Medical and sanitary report of the native army of Bengal for the year
Year: 1878
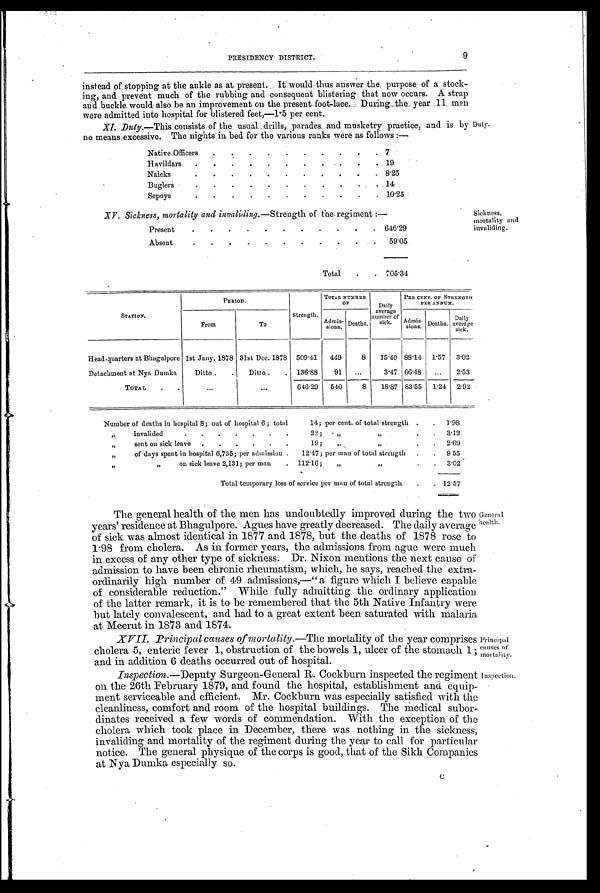
XV. Sickness, mortality and invaliding. —Strength of the regiment :—
Present
.
.
.
.
.
.
.
.
.
. 646.29
Absent
.
.
.
.
.
.
.
.
.
.
.
59.05
Total
.
. 705.34
Sickness,
mortality and
invaliding.
Principal
causes of
mortality.
Inspection.
PRESIDENCY DISTRICT. 9
instead of stopping at the ankle as at present. It would thus answer the purpose; of a stock-
ing, and prevent much of the rubbing and consequent blistering that now occurs. A strap
and buckle would also be an improvement on the present foot-lace. During the year 11 men
were admitted into hospital for blistered feet,—1.5 per cent.
XI. Duty. —This consists of the usual drills, parades and musketry practice, and is by
no means excessive. The nights in bed for the various ranks were as follows :—
Native Officers
.
.
.
.
.
.
.
.
. 7
Havildars
.
.
.
.
.
.
.
.
.
. 19
Naicks
.
.
.
.
.
.
.
.
.
.
8.25
Buglers
.
.
.
.
.
.
.
.
.
.
. 14
Sepoys
.
.
.
.
.
.
.
.
.
.
10.25
Duty.
STATION.
PERIOD.
Strength.
TOTAL NUMBER
O F
Daily
average
number of
sick.
PER CENT. OF STRENGTH
PER ANNUM.
From
To
Admis- s i o n s . Deaths.
Admis-
sions. Deaths.
Daily
average
sick.
Head-quarters at Bhagulpore 1st Jany. 1878 31st Dec. 1878 509.41
449
8
15.40 88.14 1.57
3.02
Detachment at Nya Dumka
Ditto .
.
Ditto .
. 136.88
91
...
3.47 66.48
...
2.53
TOTAL
.
...
...
646.29
540
8
18.87 83.55
1.24 2.92
Number of deaths in hospital 8; out of hospital 6; total
14; per cent. of total strength .
.
1.98
„ invalided
.
.
.
.
.
.
22;
„
„
.
.
3.12
„ sent on sick leave
.
.
.
.
.
.
19;
„
.
.
2.69
„ of days spent in hospital 6,735; per admission .
12.47; per man of total strength
.
.
9.55
,, on sick leave 2,131; per man
. 112.16;
„
.
.
3.02
Total temporary loss of service per man of total strength
.
. 12.57
The general health of the men has undoubtedly improved during the two
years' residence at Bhagulpore. Agues have greatly decreased. The daily average
of sick was almost identical in 1877 and 1878, but the deaths of 1878 rose to
1.98 from cholera. As in former years, the admissions from ague were much
in excess of any other type of sickness. Dr. Nixon mentions the next cause of
admission to have been chronic rheumatism, which, he says, reached the extra-
ordinarily high number of 49 admissions,—"a figure which I believe capable
of considerable reduction." While fully admitting the ordinary application
of the latter remark, it is to be remembered that the 5th Native Infantry were
but lately convalescent, and had to a great extent been saturated with malaria
at Meerut in 1873 and 1874.
General health.
XVII. Principal causes of mortality. —The mortality of the year comprises
cholera 5, enteric fever 1, obstruction of the bowels 1, ulcer of the stomach 1;
and in addition 6 deaths occurred out of hospital.
Inspection. —Deputy Surgeon-General R. Cockburn inspected the regiment
on the 26th February 1879, and found the hospital, establishment and equip-
ment serviceable and efficient. Mr. Cockburn was especially satisfied with the
cleanliness, comfort and room of the hospital buildings. The medical subor-
dinates received a few words of commendation. With the exception of the
cholera which took place in December, there was nothing in. the sickness,
invaliding and mortality of the regiment during the year to call for particular
notice. The general physique of the corps is good, that of the Sikh Companies
at Nya Dumka especially so.
C